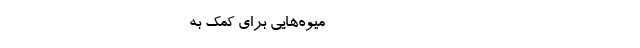
-------------------------------------------- میوه‌هایی برای کمک به